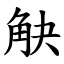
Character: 觖